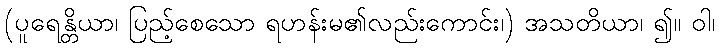
(ပူရေန္တိယာ၊ ပြည့်စေသော ရဟန်းမ၏လည်းကောင်း၊) အသတိယာ၊ ၍။ ဝါ၊